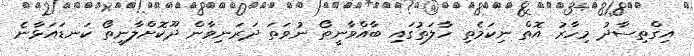
އިގްތިސާދު މިހާރު އޮތް ނިކަމެތި ހާލަތުގައި ބާއްވާނީތޯ ނުވަތަ ދަރަނިވާން ދޫކޮށްލާނީތޯ ކަނޑައަޅާނެ